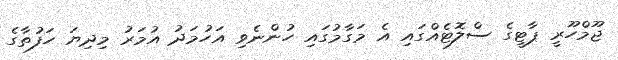
ޖޫމްހޫރީ ޕާޓީގެ ސްލޮޓެއްގައި އެ މަގާމުގައި ހުންނެވި އަހުމަދު އުމަރު މިދިޔަ ހަފުތާގެ